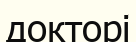
докторі